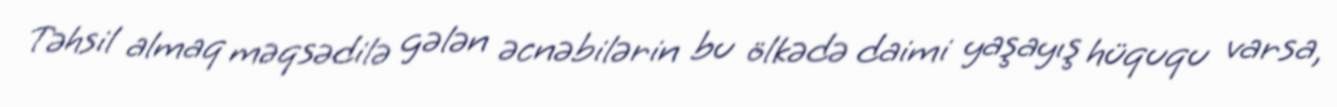
Təhsil almaq məqsədilə gələn əcnəbilərin bu ölkədə daimi yaşayış hüququ varsa,